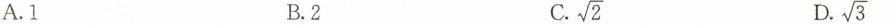
A.1 B.2 C.\sqrt{2} D.\sqrt{3}